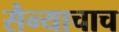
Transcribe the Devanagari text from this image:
सैन्याचाच